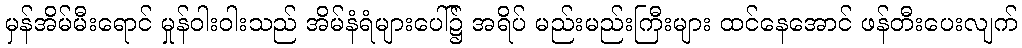
မှန်အိမ်မီးရောင် မှုန်ဝါးဝါးသည် အိမ်နံရံများပေါ်၌ အရိပ် မည်းမည်းကြီးများ ထင်နေအောင် ဖန်တီးပေးလျက်